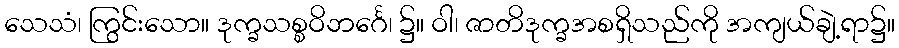
သေသံ၊ ကြွင်းသော။ ဒုက္ခသစ္စဝိဘင်္ဂေ၊ ၌။ ဝါ၊ ဇာတိဒုက္ခအစရှိသည်ကို အကျယ်ချဲ့ရာ၌။